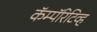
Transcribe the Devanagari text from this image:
कॅम्पॅरिटिव्ह